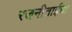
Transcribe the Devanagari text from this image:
रजनीताईचा